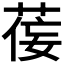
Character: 𫈘